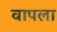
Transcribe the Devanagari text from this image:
वापला